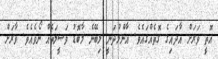
އޮތީ ވަރަށް އާދައިގެ ގޮތެއްގައެވެ. އާންމުދަނީ ލިބޭނެ މާބޮޑު ވަޞީލަތެއް ނޯވެއެވެ. ވާރަށް